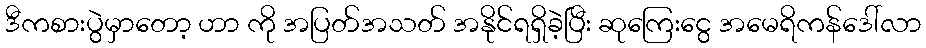
ဒီကစားပွဲမှာတော့ ဟာ ကို အပြတ်အသတ် အနိုင်ရရှိခဲ့ပြီး ဆုကြေးငွေ အမေရိကန်ဒေါ်လာ